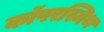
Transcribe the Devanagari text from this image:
कॉपरस्मिथ